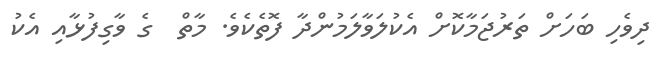
ދިވެހި ބަހަށް ތަރުޖަމާކޮށް އެކުލަވާލަމުންދާ ފޮތެކެވެ. މާތް  ގެ ވާގިފުޅާއި އެކު